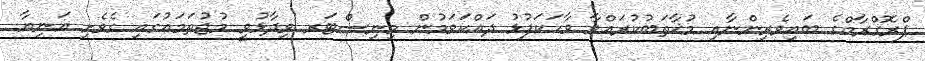
ޕްރޮގްރާމްގެ ބައިވެރިންނާއި މުޚާތަބުކުރައްވާ ވާހަކަފުޅު ދައްކަވަމުން މިނިސްޓަރ ވިދާޅުވީ މުޖުތަމަޢުގައި ގެވެށި އަނިޔާ